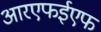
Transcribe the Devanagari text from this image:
आरएफईएफ